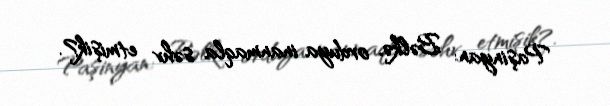
Paşinyan: Bəlkə, orduya inanmaqla səhv etmişik?.